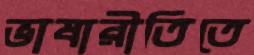
ভাষারীতিতে